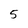
Character: 5